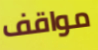
مواقف